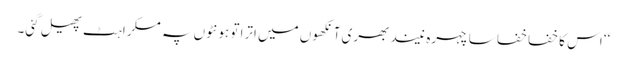
‘‘ اس کا خفا خفا سا چہرہ نیند بھری آنکھوں میں اترا تو ہونٹوں پہ مسکراہٹ پھیل گئی۔